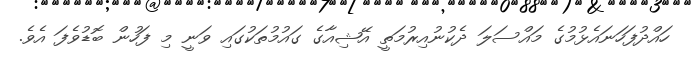
ހައްދުފަހަނައެޅުމުގެ މައްސަލަ ދެކުނުއިރުމަތީ އޭޝިއާގެ ގައުމުތަކުގައި ވަނީ މި ފަހުން ބޮޑުވެފަ އެވެ.